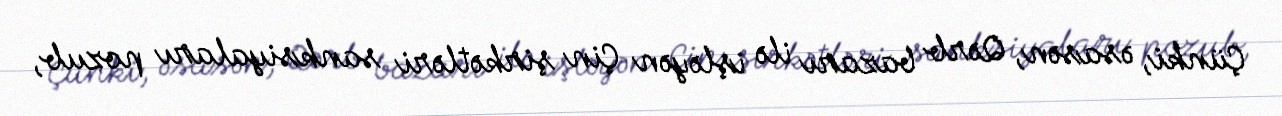
Çünki, əsasən, Qərb bazarı ilə işləyən Çin şirkətləri sanksiyaları pozub,